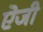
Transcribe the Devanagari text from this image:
ऐजी